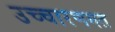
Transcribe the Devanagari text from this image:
उच्‍चारणगत